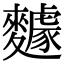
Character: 𪍸